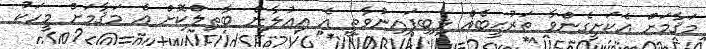
މަޤާމަށް އެކަށީގެންވާ ތަރުޙީބެއް ލިބިފައިނުވާތީ އެ އިޢުލާން ބާޠިލްކޮށް އެ މަޤާމަށް މީހަކު